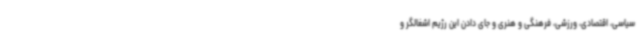
سیاسی، اقتصادی، ورزشی، فرهنگی و هنری و جای دادن این رژیم اشغالگر و